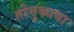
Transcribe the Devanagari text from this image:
तोगुकावा